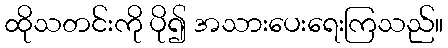
ထိုသတင်းကို ပို၍ အသားပေးရေးကြသည်။